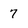
Character: 7